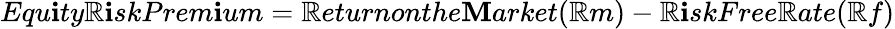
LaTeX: Equ\mathbf{i}ty\mathbb{R}\mathbf{i}skPrem\mathbf{i}um=\mathbb{R}eturnonthe\mathbf{M}arket(\mathbb{R}m)-\mathbb{R}\mathbf{i}skFree\mathbb{R}ate(\mathbb{R}f)